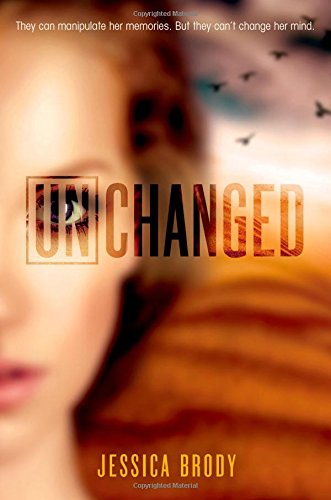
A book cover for Unchanged (The Unremembered Trilogy); Jessica Brody; Teen & Young Adult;